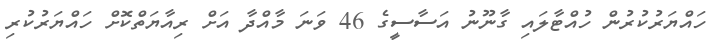
ހައްޔަރުކުރުން ހުއްޓާލައި ގާނޫނު އަސާސީގެ 46 ވަނަ މާއްދާ އަށް ރިއާޔަތްކޮށް ހައްޔަރުކުރި